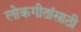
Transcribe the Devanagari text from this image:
लोकगीतांसाठी